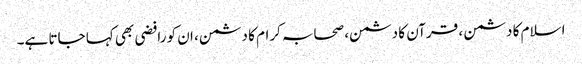
اسلام کا دشمن ، قرآن کا دشمن، صحابہ کرام کا دشمن، ان کو رافضی بھی کہا جاتا ہے۔